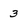
Character: 3